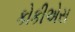
કોકીએસ